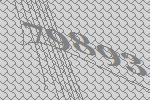
79893